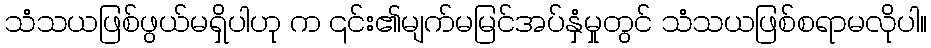
သံသယဖြစ်ဖွယ်မရှိပါဟု က ၎င်း၏မျက်မမြင်အပ်နှံမှုတွင် သံသယဖြစ်စရာမလိုပါ။